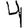
Digit: 4